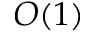
O ( 1 )